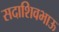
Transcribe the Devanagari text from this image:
सदाशिवभाऊ